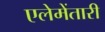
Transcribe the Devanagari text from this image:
एलेमेंतारी